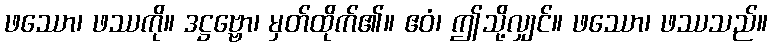
ဖဿော၊ ဖဿကို။ ဒဋ္ဌဗ္ဗော၊ မှတ်ထိုက်၏။ ဧဝံ၊ ဤသို့လျှင်။ ဖဿော၊ ဖဿသည်။